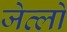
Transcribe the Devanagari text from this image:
जेव्लो